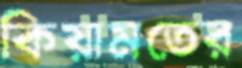
কিয়ামতের